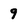
Character: 9